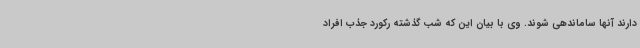
دارند آنها ساماندهی شوند. وی با بیان این که شب گذشته رکورد جذب افراد